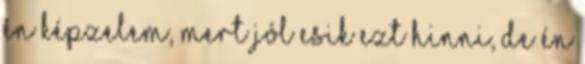
én képzelem, mert jól esik ezt hinni, de én